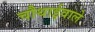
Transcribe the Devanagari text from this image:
चौथाईवाले